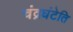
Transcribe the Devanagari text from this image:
चंद्रघंटेति